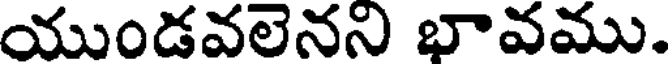
యుండవలెనని భావము.